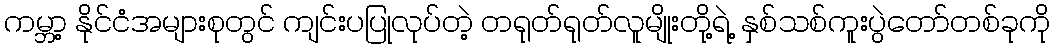
ကမ္ဘာ့ နိုင်ငံအများစုတွင် ကျင်းပပြုလုပ်တဲ့ တရုတ်ရုတ်လူမျိုးတို့ရဲ့ နှစ်သစ်ကူးပွဲတော်တစ်ခုကို